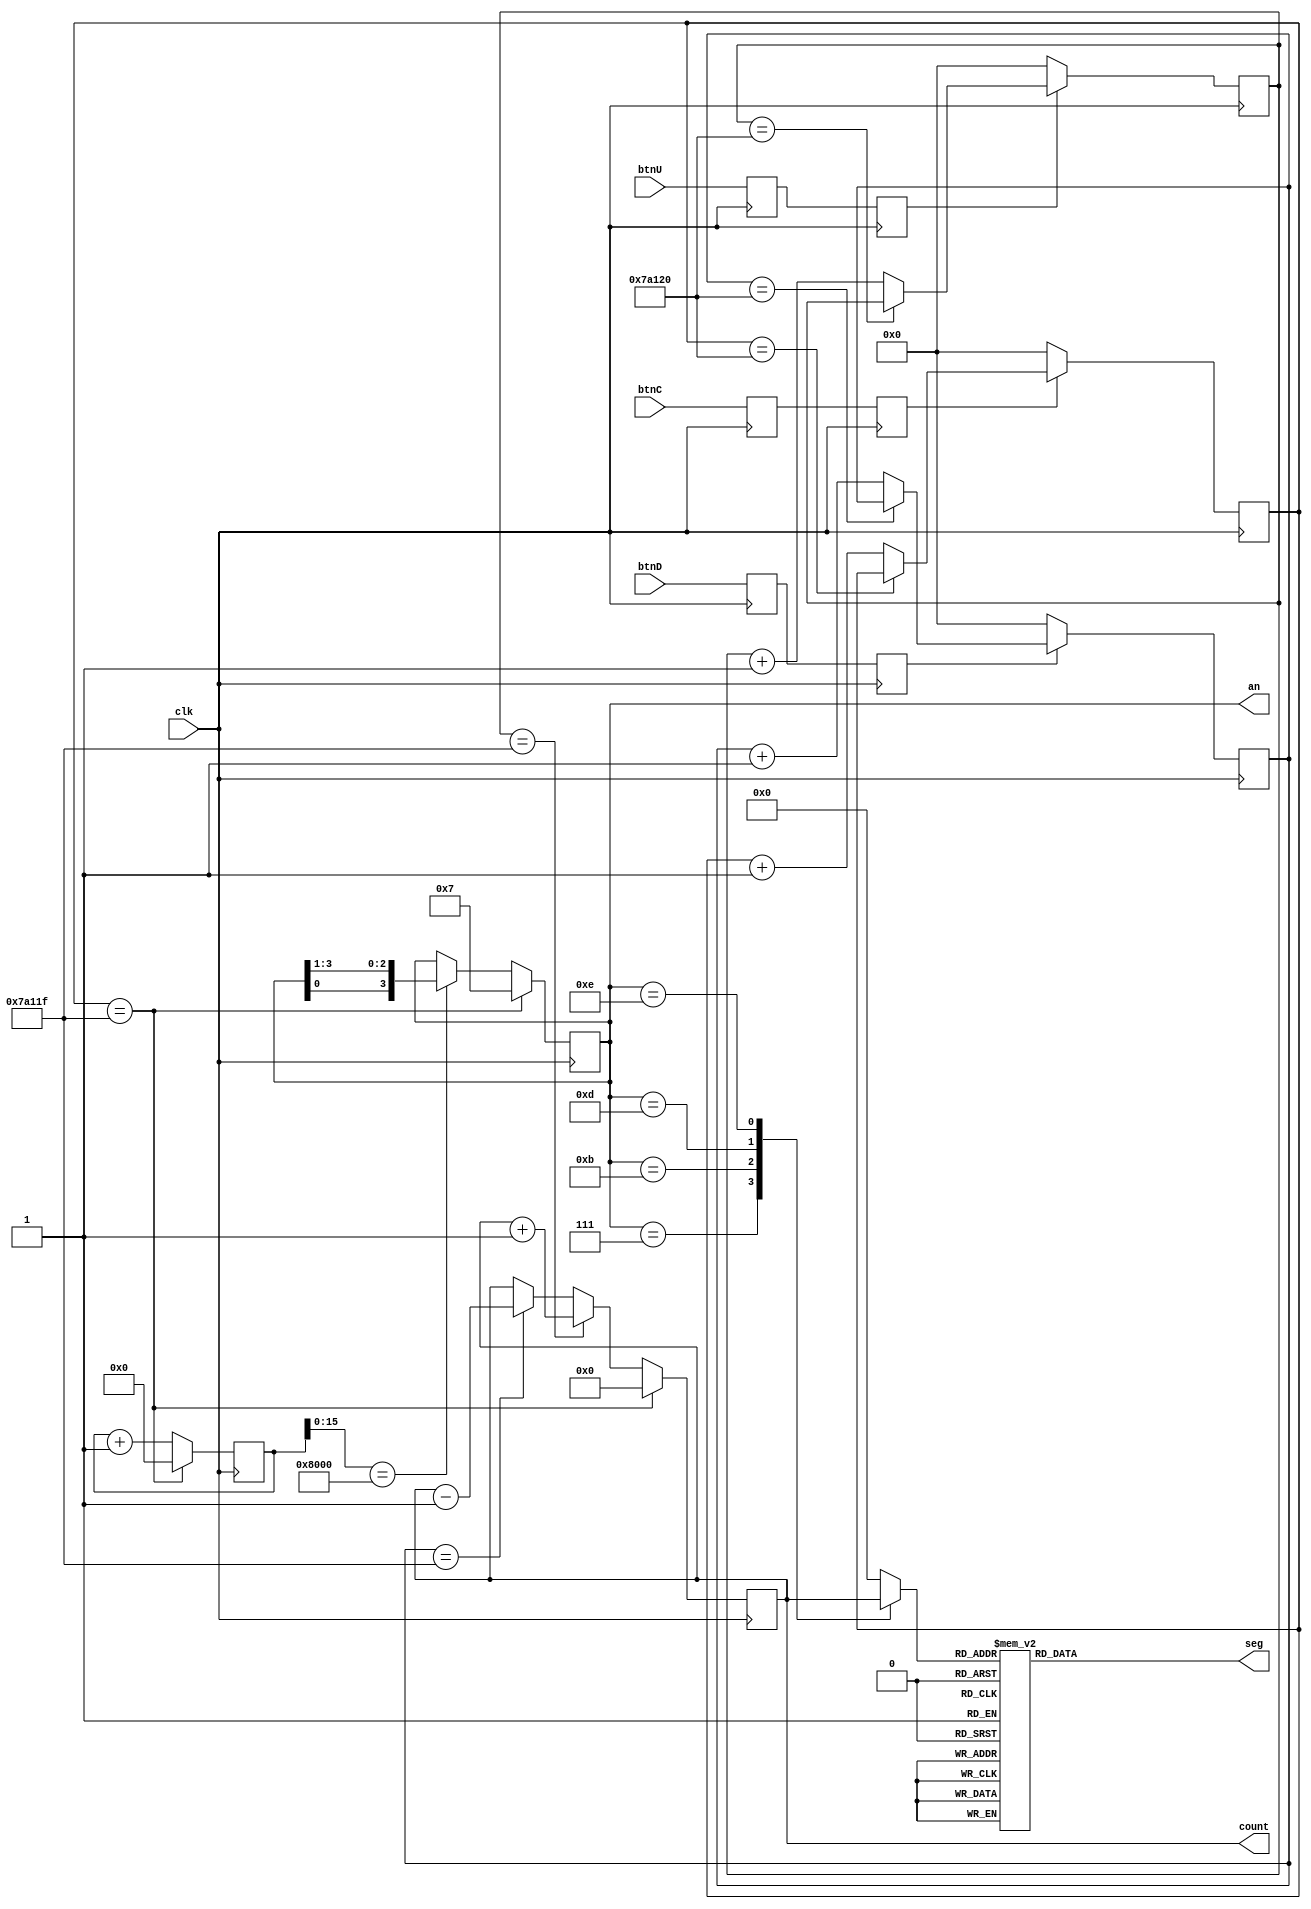
module counter(clk, btnC, btnU, btnD, an, seg, count);
input 		clk;
input 		btnC;
input 		btnU;
input 		btnD;
output [3:0]	an;
output [6:0]	seg;
output [15:0]   count;
 
reg [3:0]	an;
reg [6:0]	seg;

reg   [15:0]    count;   // 16 bit number to be displayed

reg		add_reg1;
reg		add_reg2;
reg [31:0]      add_button_count;
wire            add_button_done;
wire            add_click;

reg		sub_reg1;
reg		sub_reg2;
reg [31:0]      sub_button_count;
wire            sub_button_done;
wire            sub_click;

reg		reset_reg1;
reg		reset_reg2;
reg [31:0]      reset_button_count;
wire            reset_button_done;
wire            reset_click;

parameter DEBOUNCE_DELAY = 32'd0_500_000;   /// 10nS * 1M = 10mS

// ------------------------------------------------------------------- // 

always @(posedge clk)   add_reg1   <= btnU;
always @(posedge clk)   add_reg2  <= add_reg1;

assign                        add_button_done  = (add_button_count == DEBOUNCE_DELAY); 
assign                        add_click = (add_button_count == DEBOUNCE_DELAY - 1); 

always @(posedge clk) 
          if (!add_reg2)                    add_button_count <= 0;
          else if (add_button_done)         add_button_count <= add_button_count;
          else                              add_button_count <= add_button_count + 1;

// --------------------------------------------------------------------- //

always @(posedge clk)   sub_reg1   <= btnD;
always @(posedge clk)   sub_reg2  <= sub_reg1;

assign                        sub_button_done  = (sub_button_count == DEBOUNCE_DELAY); 
assign                        sub_click = (sub_button_count == DEBOUNCE_DELAY - 1); 

always @(posedge clk) 
          if (!sub_reg2)                    sub_button_count <= 0;
          else if (sub_button_done)         sub_button_count <= sub_button_count;
          else                              sub_button_count <= sub_button_count + 1;
          
// --------------------------------------------------------------------- //

always @(posedge clk)   reset_reg1   <= btnC;
always @(posedge clk)   reset_reg2  <= reset_reg1;

assign                        reset_button_done  = (reset_button_count == DEBOUNCE_DELAY); 
assign                        reset_click = (reset_button_count == DEBOUNCE_DELAY - 1); 

always @(posedge clk) 
          if (!reset_reg2)                    reset_button_count <= 0;
          else if (reset_button_done)         reset_button_count <= reset_button_count;
          else                                reset_button_count <= reset_button_count + 1;
          
// --------------------------------------------------------------------- //

always @(posedge clk)
	if(reset_click)		count = 0;
	else if(add_click)	count = count + 1;
	else if(sub_click)	count = count - 1;
	else 			    count = count;


reg   [39:0]                      counter;
always @(posedge clk)             
	if(reset_click)               counter     <= 0;
	else                          counter     <= counter + 1;
                                  
wire                              anode_clk    =  (counter[15:0] == 16'h8000);


always @(posedge clk)
        if(reset_click)       an <= 4'b0111;	
	     else if(anode_clk)   an <= {an[0],an[3:1]}; // rotate
	     else                 an <=  an;  

reg [3:0] cathode_select;

always @(an or count)
       case({an})
	      4'b0111:  cathode_select = count[15:12]; 
	      4'b1011:  cathode_select = count[11:8]; 
	      4'b1101:  cathode_select = count[7:4]; 
	      4'b1110:  cathode_select = count[3:0];
	      default:  cathode_select = 4'h0; 
      endcase


always @(cathode_select)
       case(cathode_select)
	       4'h0:  seg = 7'b1000_000;
	       4'h1:  seg = 7'b1111_001;
	       4'h2:  seg = 7'b0100_100;
	       4'h3:  seg = 7'b0110_000;
	       4'h4:  seg = 7'b0011_001;
	       4'h5:  seg = 7'b0010_010;
	       4'h6:  seg = 7'b0000_011;
	       4'h7:  seg = 7'b1111_000;
	       4'h8:  seg = 7'b0000_000;
	       4'h9:  seg = 7'b0011_000; 
	       4'ha:  seg = 7'b0001_000;
	       4'hb:  seg = 7'b0000_011; 
	       4'hc:  seg = 7'b1000_110; 
	       4'hd:  seg = 7'b0100_001; 
	       4'he:  seg = 7'b0000_110; 
	       4'hf:  seg = 7'b0001_110; 
     endcase
       
endmodule